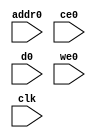
// ==============================================================
// File generated by Vivado(TM) HLS - High-Level Synthesis from C, C++ and SystemC
// Version: 2018.2
// Copyright (C) 1986-2018 Xilinx, Inc. All Rights Reserved.
// 
// ==============================================================

`timescale 1 ns / 1 ps
module gradient_weight_ybkb_ram (addr0, ce0, d0, we0,  clk);

parameter DWIDTH = 32;
parameter AWIDTH = 10;
parameter MEM_SIZE = 1024;

input[AWIDTH-1:0] addr0;
input ce0;
input[DWIDTH-1:0] d0;
input we0;
input clk;

(* ram_style = "block" *)reg [DWIDTH-1:0] ram[0:MEM_SIZE-1];




always @(posedge clk)  
begin 
    if (ce0) 
    begin
        if (we0) 
        begin 
            ram[addr0] <= d0; 
        end 
    end
end


endmodule


`timescale 1 ns / 1 ps
module gradient_weight_ybkb(
    reset,
    clk,
    address0,
    ce0,
    we0,
    d0);

parameter DataWidth = 32'd32;
parameter AddressRange = 32'd1024;
parameter AddressWidth = 32'd10;
input reset;
input clk;
input[AddressWidth - 1:0] address0;
input ce0;
input we0;
input[DataWidth - 1:0] d0;



gradient_weight_ybkb_ram gradient_weight_ybkb_ram_U(
    .clk( clk ),
    .addr0( address0 ),
    .ce0( ce0 ),
    .we0( we0 ),
    .d0( d0 ));

endmodule